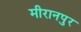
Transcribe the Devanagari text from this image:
मीरानपुर